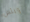
ويلس